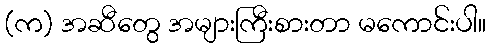
(က) အဆီတွေ အများကြီးစားတာ မကောင်းပါ။